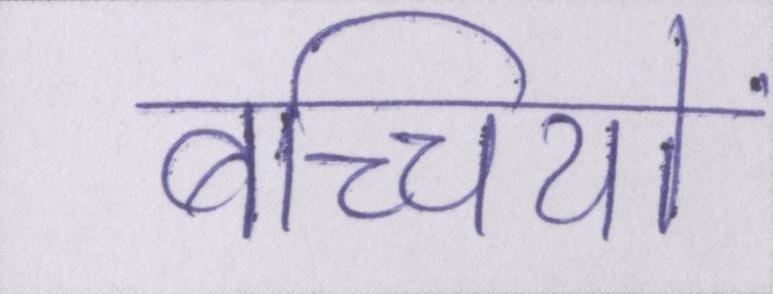
बच्च्यिों